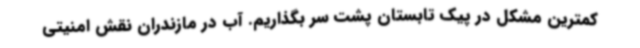
کمترین مشکل در پیک تابستان پشت سر بگذاریم. آب در مازندران نقش امنیتی